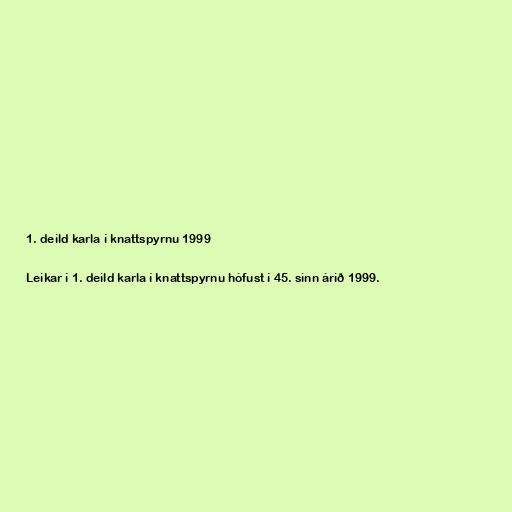
1. deild karla í knattspyrnu 1999

Leikar í 1. deild karla í knattspyrnu hófust í 45. sinn árið 1999.